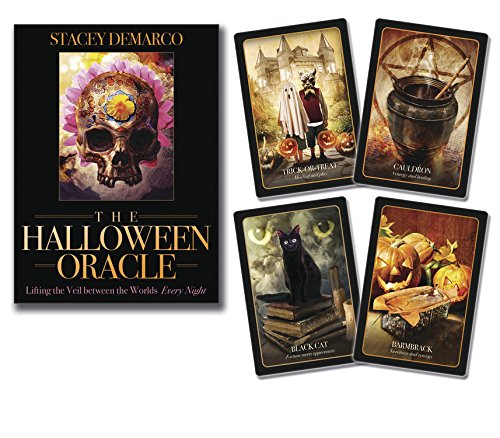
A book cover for The Halloween Oracle: Lifting the Veil between the Worlds Every Night; Stacey Demarco; Religion & Spirituality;